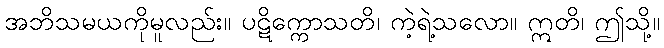
အဘိသမယကိုမူလည်း။ ပဋိက္ကောသတိ၊ ကဲ့ရဲ့သလော။ ဣတိ၊ ဤသို့။